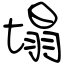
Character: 塌